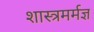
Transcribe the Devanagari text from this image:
शास्त्रमर्मज्ञ